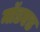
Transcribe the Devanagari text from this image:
मॉडएड